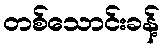
တစ်သောင်းခန့်